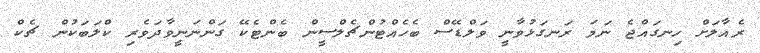
ރެއާލަށް ހިނގައްޖެ ނަމަ ރަނގަޅުވާނީ ވަލްޑޭސް ބެހެއްޓުންޗެލްސީން ބެންޓެކޭ ގަންނަނީވާދަވެރި ކްލަބަކުން ޗެކް